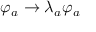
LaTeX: \varphi _ { a } \rightarrow \lambda _ { a } \varphi _ { a }